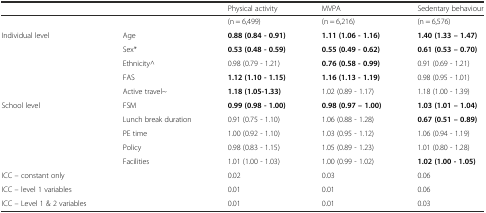
<table><thead><tr><td></td><td></td><td><b>Physical activity</b></td><td><b>MVPA</b></td><td><b>Sedentary behaviour</b></td></tr></thead><tbody><tr><td></td><td></td><td>(n = 6,499)</td><td>(n = 6,216)</td><td>(n = 6,576)</td></tr><tr><td>Individual level</td><td>Age</td><td><b>0.88 (0.84 - 0.91)</b></td><td><b>1.11 (1.06 - 1.16)</b></td><td><b>1.40 (1.33 – 1.47)</b></td></tr><tr><td></td><td>Sex*</td><td><b>0.53 (0.48 - 0.59)</b></td><td><b>0.55 (0.49 - 0.62)</b></td><td><b>0.61 (0.53 – 0.70)</b></td></tr><tr><td></td><td>Ethnicity^</td><td>0.98 (0.79 - 1.21)</td><td><b>0.76 (0.58 - 0.99)</b></td><td>0.91 (0.69 - 1.21)</td></tr><tr><td></td><td>FAS</td><td><b>1.12 (1.10 - 1.15)</b></td><td><b>1.16 (1.13 - 1.19)</b></td><td>0.98 (0.95 - 1.01)</td></tr><tr><td></td><td>Active travel~</td><td><b>1.18 (1.05-1.33)</b></td><td>1.02 (0.89 - 1.17)</td><td>1.18 (1.00 - 1.39)</td></tr><tr><td>School level</td><td>FSM</td><td><b>0.99 (0.98 - 1.00)</b></td><td><b>0.98 (0.97 – 1.00)</b></td><td><b>1.03 (1.01 – 1.04)</b></td></tr><tr><td></td><td>Lunch break duration</td><td>0.91 (0.75 - 1.10)</td><td>1.06 (0.88 - 1.28)</td><td><b>0.67 (0.51 – 0.89)</b></td></tr><tr><td></td><td>PE time</td><td>1.00 (0.92 - 1.10)</td><td>1.03 (0.95 - 1.12)</td><td>1.06 (0.94 - 1.19)</td></tr><tr><td></td><td>Policy</td><td>0.98 (0.83 - 1.15)</td><td>1.05 (0.89 - 1.23)</td><td>1.01 (0.80 - 1.28)</td></tr><tr><td></td><td>Facilities</td><td>1.01 (1.00 - 1.03)</td><td>1.00 (0.99 - 1.02)</td><td><b>1.02 (1.00 - 1.05)</b></td></tr><tr><td>ICC – constant only</td><td></td><td>0.02</td><td>0.03</td><td>0.06</td></tr><tr><td>ICC – level 1 variables</td><td></td><td>0.01</td><td>0.01</td><td>0.06</td></tr><tr><td>ICC – Level 1 &amp; 2 variables</td><td></td><td>0.01</td><td>0.01</td><td>0.03</td></tr></tbody></table>